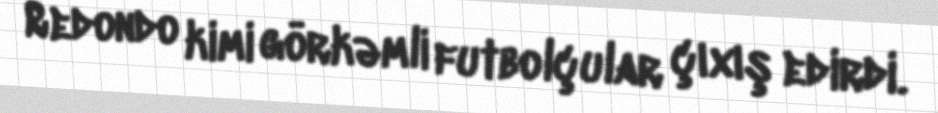
Redondo kimi görkəmli futbolçular çıxış edirdi.